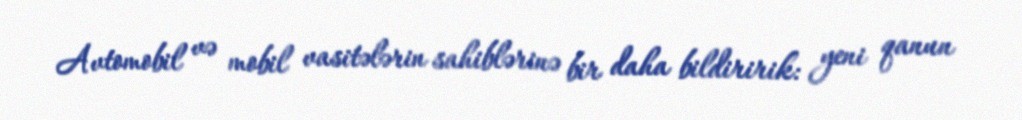
Avtomobil və mobil vasitələrin sahiblərinə bir daha bildiririk: yeni qanun